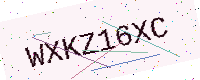
Text: WXKZ16XC